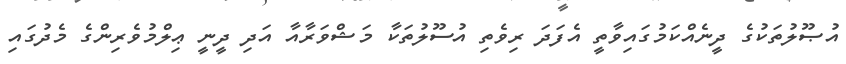
އުޞޫލުތަކުގެ ދީނެއްކަމުގައިވާތީ އެފަދަ ރިވެތި އުސޫލުތަކާ މަޝްވަރާއާ އަދި ދީނީ ޢިލްމުވެރިންގެ މެދުގައި